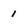
Character: 1